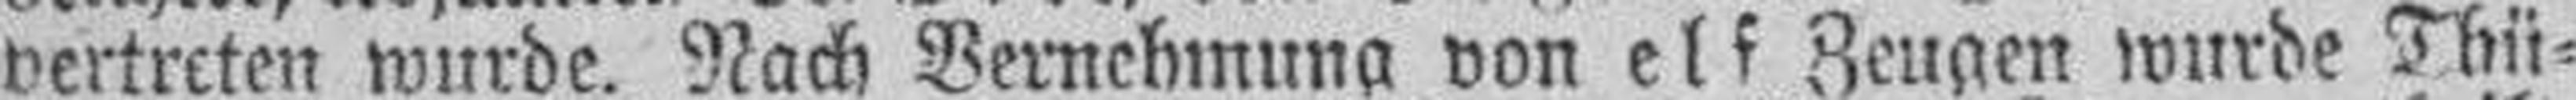
vertreten wurde. Nach Vernehmung von elf Zeugen wurde Thü¬